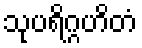
သုပရိဂ္ဂဟိတံ